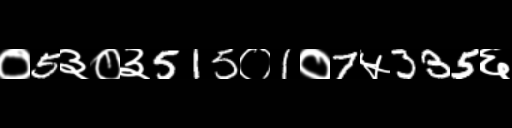
Text: ०5३०३515०1०7५335६